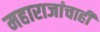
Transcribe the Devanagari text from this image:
महाराजांचाही